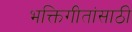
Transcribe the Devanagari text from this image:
भक्तिगीतांसाठी